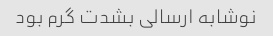
نوشابه ارسالی بشدت گرم بود